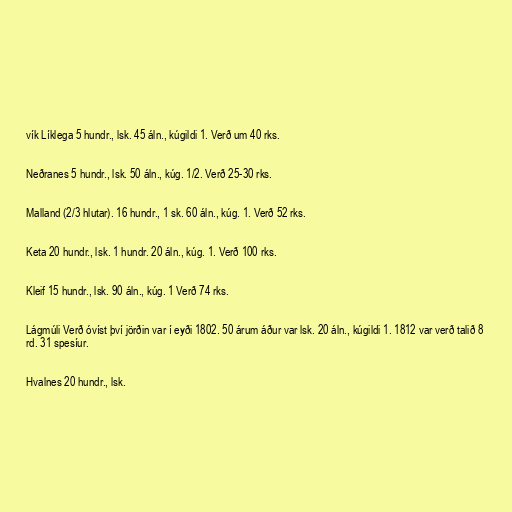
vík Líklega 5 hundr., lsk. 45 áln., kúgildi 1. Verð um 40 rks.

Neðranes 5 hundr., lsk. 50 áln., kúg. 1/2. Verð 25-30 rks.

Malland (2/3 hlutar). 16 hundr., 1 sk. 60 áln., kúg. 1. Verð 52 rks.

Keta 20 hundr., lsk. 1 hundr. 20 áln., kúg. 1. Verð 100 rks.

Kleif 15 hundr., lsk. 90 áln., kúg. 1 Verð 74 rks.

Lágmúli Verð óvíst því jörðin var í eyði 1802. 50 árum áður var lsk. 20 áln., kúgildi 1. 1812 var verð talið 8
rd. 31 spesíur.

Hvalnes 20 hundr., lsk.